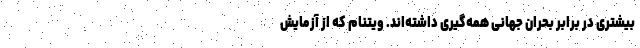
بیشتری در برابر بحران جهانی همه‌گیری داشته‌اند. ویتنام که از آزمایش